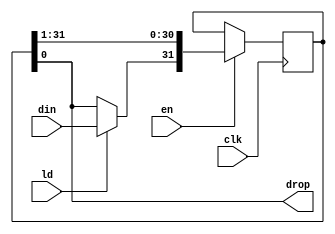
module jt51_sh1 #(parameter stages=32)
(
	input 	clk,
	input	en,
	input	ld,
	input	din,
   	output	drop
);
reg	[stages-1:0] shift;
assign drop = shift[0];
wire next = ld ? din : drop;
always @(posedge clk ) 
	if( en )
		shift <= {next, shift[stages-1:1]};
endmodule